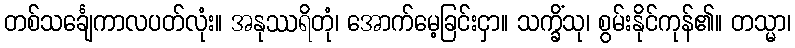
တစ်သင်္ချေကာလပတ်လုံး။ အနုဿရိတုံ၊ အောက်မေ့ခြင်းငှာ။ သက္ခိံသု၊ စွမ်းနိုင်ကုန်၏။ တသ္မာ၊